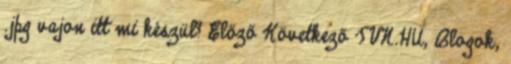
.jpg vajon itt mi készül? Előző Következő TVN.HU, Blogok,